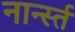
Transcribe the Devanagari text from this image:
नार्न्स्त